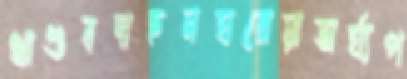
খাণ্ডবদাহনঘরোয়াঅর্ঘ্যপ